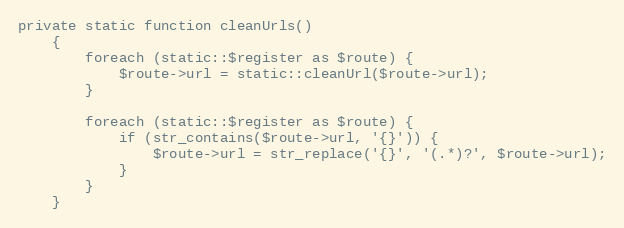
Language: PHP
private static function cleanUrls()
    {
        foreach (static::$register as $route) {
            $route->url = static::cleanUrl($route->url);
        }

        foreach (static::$register as $route) {
            if (str_contains($route->url, '{}')) {
                $route->url = str_replace('{}', '(.*)?', $route->url);
            }
        }
    }